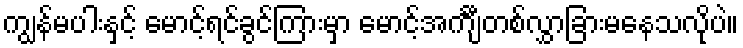
ကျွန်မပါးနှင့် မောင့်ရင်ခွင်ကြားမှာ မောင့်အင်္ကျီတစ်လွှာခြားမနေသလိုပဲ။